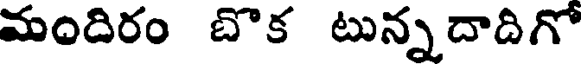
మందిరం బొక టున్నదాదిగో